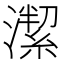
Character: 𱩛